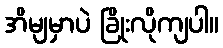
အိမျမှာပဲ ခြိုးလိုကျပါ။